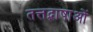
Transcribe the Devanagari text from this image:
तत्तद्भाषाओं